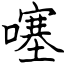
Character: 噻